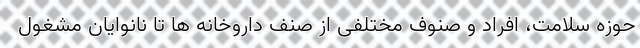
حوزه سلامت، افراد و صنوف مختلفی از صنف داروخانه ها تا نانوایان مشغول